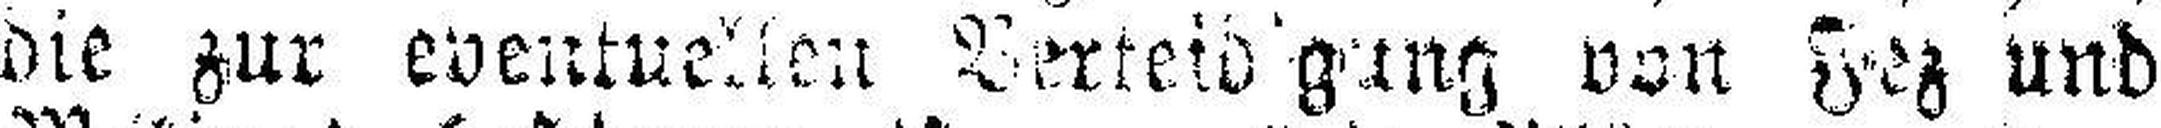
die zur eventuellen Verteidigung von Fez und